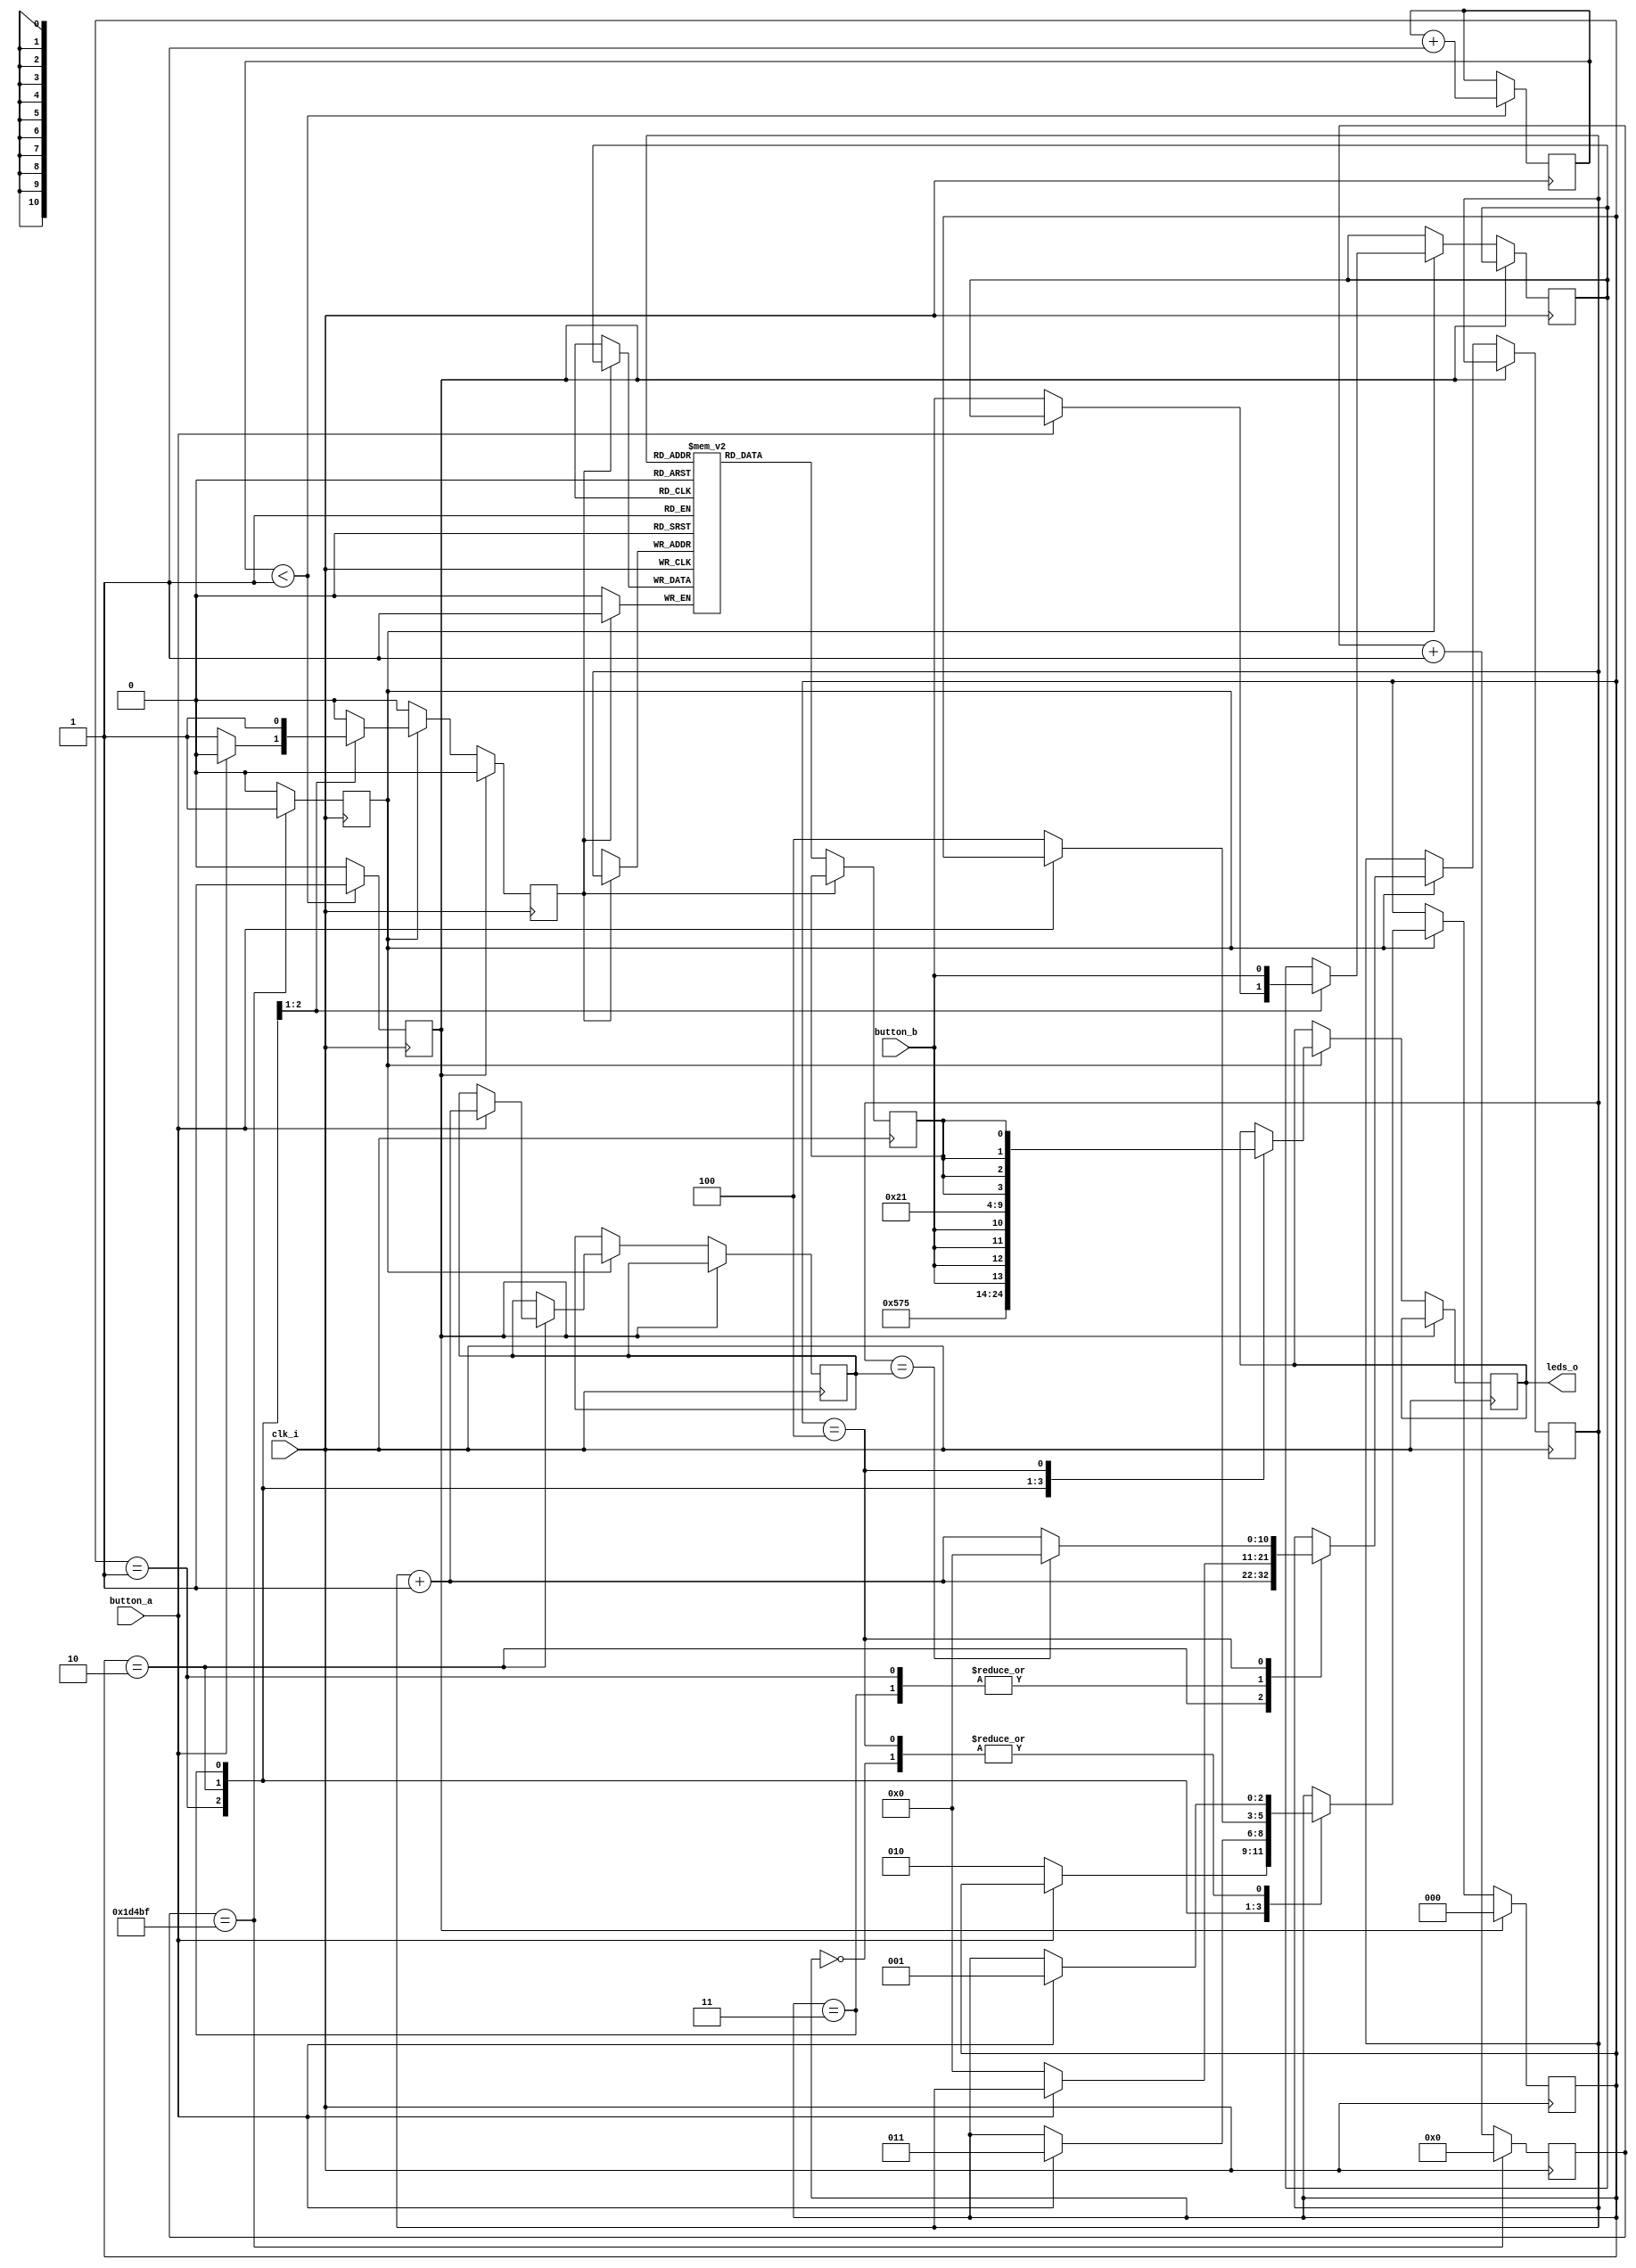
module record_play (
    clk_i,
    button_a,
    button_b,
    leds_o
);


input clk_i;
input button_a;
input button_b;
output [4:0] leds_o;
reg [4:0] leds_o;

reg [0:0] data_o;
reg do_sample;
reg wr;
reg [10:0] end_addr;
reg [0:0] data_i;
reg reset;
reg [10:0] addr;
reg [2:0] state;
reg [16:0] chunk_insts_2_cntr;
reg [0:0] k_cntr;
reg [0:0] chunk_insts_1_mem [0:2048-1];



always @(posedge clk_i) begin: RECORD_PLAY_LOC_INSTS_CHUNK_INSTS_0
    wr <= 0;
    if (reset) begin
        state <= 0;
    end
    else if (do_sample) begin
        case (state)
            'h0: begin
                leds_o <= 21;
                if ((button_a == 1)) begin
                    state <= 1;
                end
            end
            'h1: begin
                leds_o <= 26;
                if ((button_a == 0)) begin
                    addr <= 0;
                    data_i <= button_b;
                    wr <= 1;
                    state <= 2;
                end
            end
            'h2: begin
                addr <= (addr + 1);
                data_i <= button_b;
                wr <= 1;
                leds_o <= {1, button_b, button_b, button_b, button_b};
                if ((button_a == 1)) begin
                    end_addr <= (addr + 1);
                    state <= 3;
                end
            end
            'h3: begin
                leds_o <= 16;
                if ((button_a == 0)) begin
                    addr <= 0;
                    state <= 4;
                end
            end
            'h4: begin
                leds_o <= {1, data_o[0], data_o[0], data_o[0], data_o[0]};
                addr <= (addr + 1);
                if ((addr == end_addr)) begin
                    addr <= 0;
                end
                if ((button_a == 1)) begin
                    state <= 1;
                end
            end
        endcase
    end
end


always @(posedge clk_i) begin: RECORD_PLAY_LOC_INSTS_CHUNK_INSTS_1_LOC_INSTS_CHUNK_INSTS_K
    if (wr) begin
        chunk_insts_1_mem[addr] <= data_i;
    end
    else begin
        data_o <= chunk_insts_1_mem[addr];
    end
end


always @(posedge clk_i) begin: RECORD_PLAY_LOC_INSTS_CHUNK_INSTS_2_LOC_INSTS_CHUNK_INSTS_K
    chunk_insts_2_cntr <= (chunk_insts_2_cntr + 1);
    do_sample <= 0;
    if ((chunk_insts_2_cntr == 119999)) begin
        do_sample <= 1;
        chunk_insts_2_cntr <= 0;
    end
end


always @(posedge clk_i) begin: RECORD_PLAY_LOC_INSTS_CHUNK_INSTS_K_LOC_INSTS_CHUNK_INSTS_K
    if ((k_cntr < 1)) begin
        k_cntr <= (k_cntr + 1);
        reset <= 1;
    end
    else begin
        reset <= 0;
    end
end

endmodule